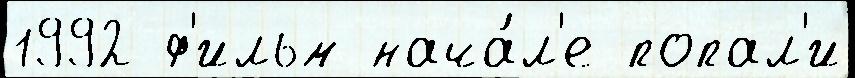
1992 ф'ильм нача́л'е попал'и